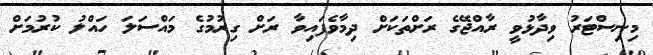
މިނިސްޓަރު ވިދާޅުވީ ރާއްޖޭގެ ރަށްތަކަށް ދިމާވެފައިވާ ރަށް ގިރުމުގެ މައްސަލަ ހައްލު ކުރުމަށް